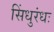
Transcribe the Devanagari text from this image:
सिंधुरंधः